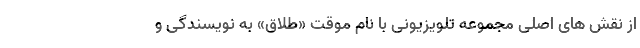
از نقش های اصلی مجموعه تلویزیونی با نام موقت «طلاق» به نویسندگی و